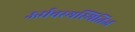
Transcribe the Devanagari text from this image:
ऊर्धवस्थस्थितिज